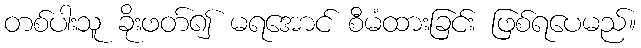
တစ်ပါးသူ ခိုးဖတ်၍ မရအောင် စီမံထားခြင်း ဖြစ်ရပေမည်။